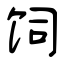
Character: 饲